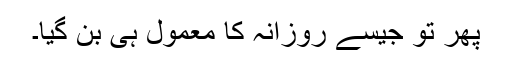
پھر تو جیسے روزانہ کا معمول ہی بن گیا۔